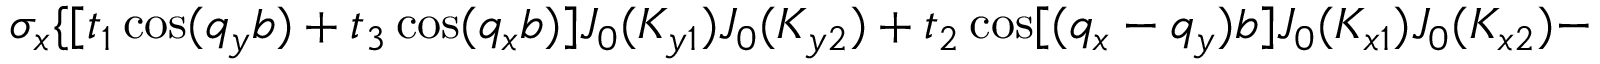
\sigma _ { x } \{ [ t _ { 1 } \cos ( q _ { y } b ) + t _ { 3 } \cos ( q _ { x } b ) ] J _ { 0 } ( K _ { y 1 } ) J _ { 0 } ( K _ { y 2 } ) + t _ { 2 } \cos [ ( q _ { x } - q _ { y } ) b ] J _ { 0 } ( K _ { x 1 } ) J _ { 0 } ( K _ { x 2 } ) -